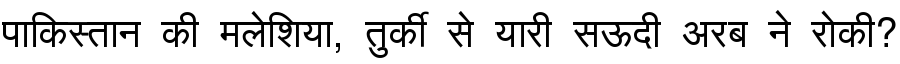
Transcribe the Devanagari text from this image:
पाकिस्तान की मलेशिया, तुर्की से यारी सऊदी अरब ने रोकी?